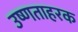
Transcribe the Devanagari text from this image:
उष्णताहरक